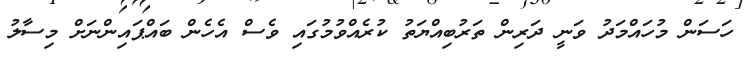
ހަސަން މުހައްމަދު ވަނީ ދަރިން ތަރުބިއްޔަތު ކުރެއްވުމުގައި ވެސް އެހެން ބައްޕައިންނަށް މިސާލު